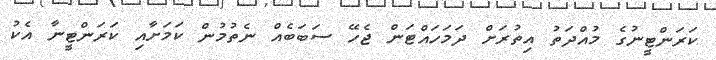
ކަރަންޓީނުގެ މުއްދަތު އިތުރަށް ދަމަހައްޓަން ޖެހޭ ސަބަބެއް ނެތުމުން ކަމަށާއި ކަރަންޓީނާ އެކު